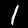
Digit: 1